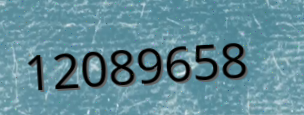
12089658